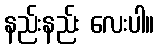
နည်းနည်း လေးပါ။